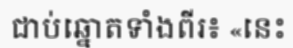
ជាប់ឆ្នោតទាំងពីរ៖ «នេះ